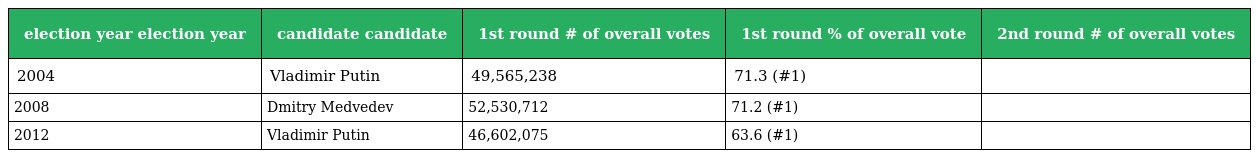
| election year election year | candidate candidate | 1st round # of overall votes | 1st round % of overall vote | 2nd round # of overall votes |
 | --- | --- | --- | --- | --- |
 | 2004 | Vladimir Putin | 49,565,238 | 71.3 (#1) |  |
 | 2008 | Dmitry Medvedev | 52,530,712 | 71.2 (#1) |  |
 | 2012 | Vladimir Putin | 46,602,075 | 63.6 (#1) |  |